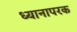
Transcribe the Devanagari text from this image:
ध्यानापरक